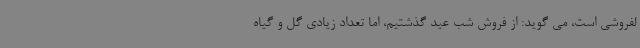
لفروشی است، می گوید: از فروش شب عید گذشتیم، اما تعداد زیادی گل و گیاه